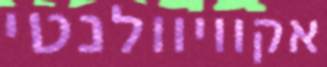
אקוויוולנטי